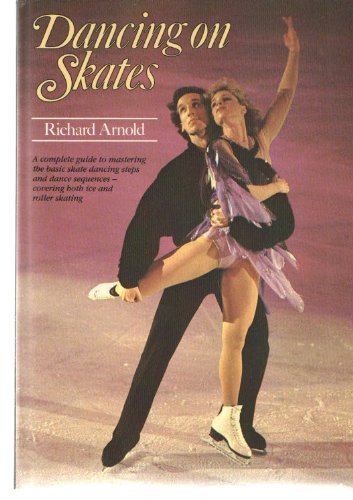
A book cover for Dancing on Skates; Richard Arnold; Sports & Outdoors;